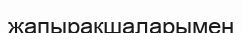
жапырақшаларымен